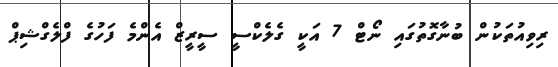
ރިވިއުތަކުން ބުނާގޮތުގައި ނޯޓް 7 އަކީ ގެލެކްސީ ސީރީޒް އެންމެ ފަހުގެ ފްލެގްޝިޕް